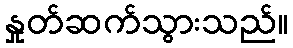
နှုတ်ဆက်သွားသည်။